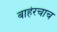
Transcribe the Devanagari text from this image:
बाहेरचाच